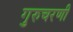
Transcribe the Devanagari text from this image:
गुरुचरणी